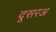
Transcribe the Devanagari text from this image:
दूसरअ